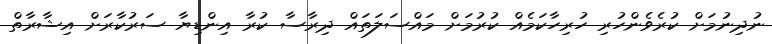
ނުދިނުމަށް ކުރެވެންހުރި ހުރިހާކަމެއް ކުރުމަށް މައްސަލަތައް ދިރާސާ ކުރާ އިންޑިޔާ ސަރުކާރަށް އިޝާރާތް